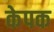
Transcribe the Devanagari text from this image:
केपक